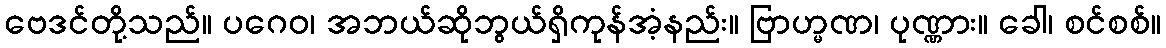
ဗေဒင်တို့သည်။ ပဂေဝ၊ အဘယ်ဆိုဘွယ်ရှိကုန်အံ့နည်း။ ဗြာဟ္မဏ၊ ပုဏ္ဏား။ ခေါ၊ စင်စစ်။